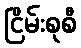
ငြိမ်းစုစီ